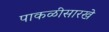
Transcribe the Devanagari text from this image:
पाकळीसारखे